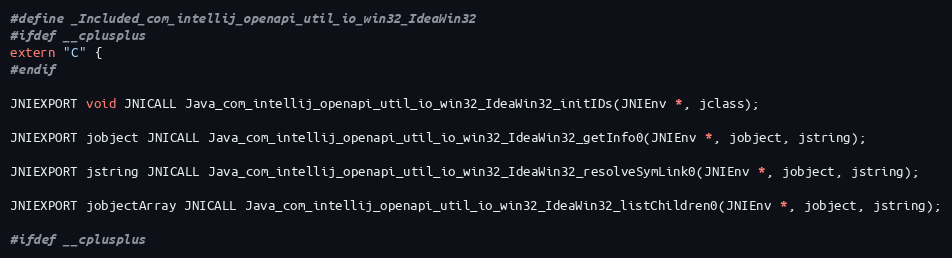
Language: C
#define _Included_com_intellij_openapi_util_io_win32_IdeaWin32
#ifdef __cplusplus
extern "C" {
#endif

JNIEXPORT void JNICALL Java_com_intellij_openapi_util_io_win32_IdeaWin32_initIDs(JNIEnv *, jclass);

JNIEXPORT jobject JNICALL Java_com_intellij_openapi_util_io_win32_IdeaWin32_getInfo0(JNIEnv *, jobject, jstring);

JNIEXPORT jstring JNICALL Java_com_intellij_openapi_util_io_win32_IdeaWin32_resolveSymLink0(JNIEnv *, jobject, jstring);

JNIEXPORT jobjectArray JNICALL Java_com_intellij_openapi_util_io_win32_IdeaWin32_listChildren0(JNIEnv *, jobject, jstring);

#ifdef __cplusplus